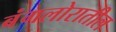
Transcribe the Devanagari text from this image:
बंगलोरातील